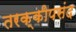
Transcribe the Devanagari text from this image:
तरक्कीपसंद